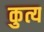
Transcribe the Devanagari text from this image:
कुत्य